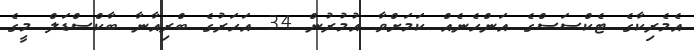
އެމެރިކާގެ ޓެކްސަސްގެ އަންހެނެއް ކަމަށްވާ އުމުރުން 34 އަހަރުގެ ބްރިއާނާ ބާކްސްޑަލް މީގެ